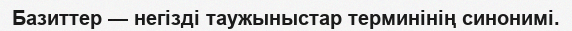
Базиттер — негізді таужыныстар терминінің синонимі.